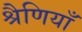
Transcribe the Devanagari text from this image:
श्रैणियाँ